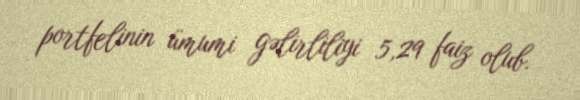
portfelinin ümumi gəlirliliyi 5,29 faiz olub.